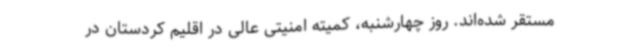
مستقر شده‌اند. روز چهارشنبه، کمیته امنیتی عالی در اقلیم کردستان در